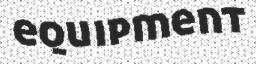
equipment